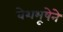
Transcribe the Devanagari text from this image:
वेशभूषेने